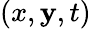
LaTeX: (x,\mathbf{y},t)